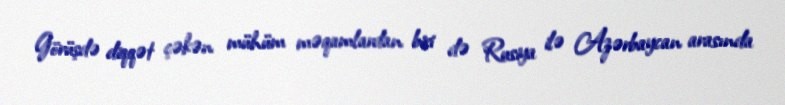
Görüşdə diqqət çəkən mühüm məqamlardan biri də Rusiya ilə Azərbaycan arasında